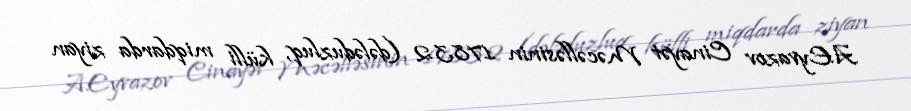
A.Eyvazov Cinayət Məcəlləsinin 178.3.2 (dələduzluq, külli miqdarda ziyan